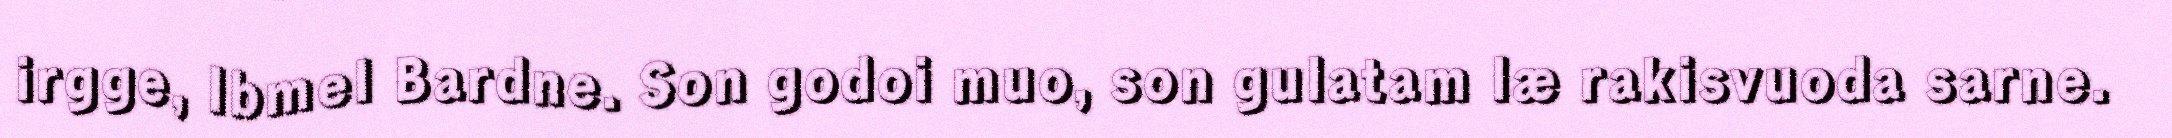
irgge, Ibmel Bardne. Son godoi muo, son gulatam læ rakisvuoda sarne.